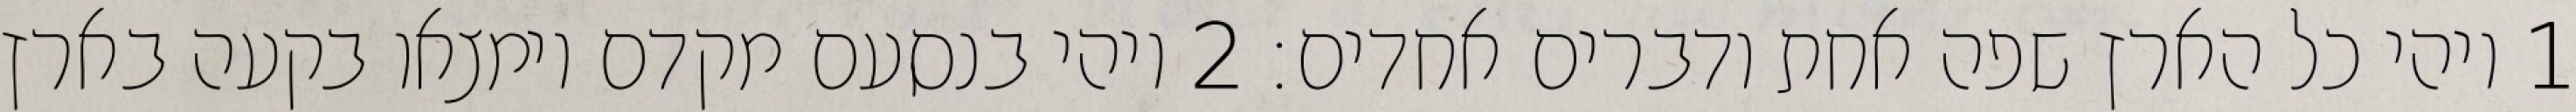
1 ויהי כל הארץ שפה אחת ודברים אחדים׃ ‎2‏ ויהי בנסעם מקדם וימצאו בקעה בארץ